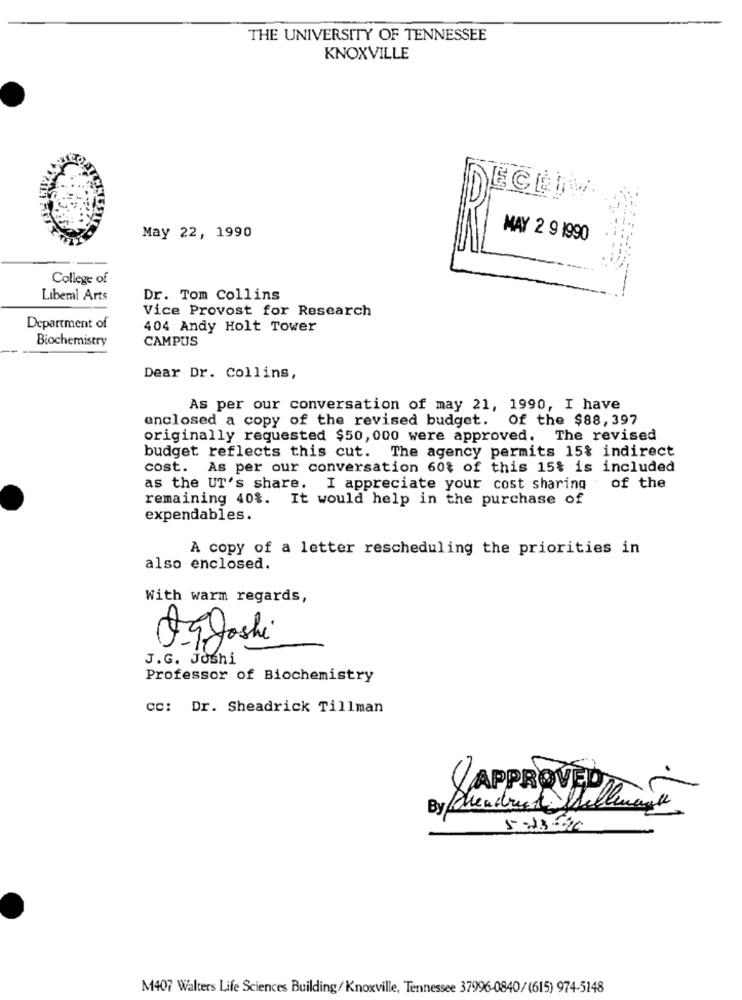
THE UNIVERSITY OF TENNESSEE
KNOXVILLE
May 22, 1990
MAY 2 9 1990
College of
Liberal Arts
Dr. Tom Collins
Vice Provost for Research
Department of
404 Andy Holt Tower
Biochemistry
CAMPUS
Dear Dr. Collins,
As per our conversation of may 21, 1990, I have
enclosed a copy of the revised budget. Of the $88,397
originally requested $50, 000 were approved. The revised
budget reflects this cut. The agency permits 15% indirect
cost. As per our conversation 60% of this 15% is included
as the UT's share. I appreciate your cost sharing of the
remaining 40%. It would help in the purchase of
expendables.
A copy of a letter rescheduling the priorities in
also enclosed.
With warm regards,
Og Joshi
J.G. JOshi
Professor of Biochemistry
cc: Dr. Sheadrick Tillman
APPROVED
By Mendrek Stellenank
5-13-40
M407 Walters Life Sciences Building/ Knoxville, Tennessee 37996-0840/(615) 974-5148